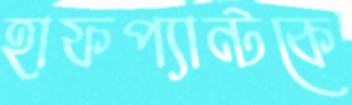
হাফপ্যান্টকে